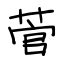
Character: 菅